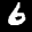
Label: 6